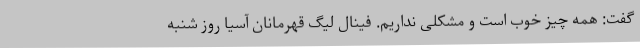
گفت: همه چیز خوب است و مشکلی نداریم. فینال لیگ قهرمانان آسیا روز شنبه